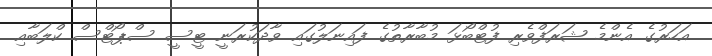
އަހަރުގެ އެންމެ ޝަރަފްވެރި ފުޓްބޯޅަ މުބާރާތުގެ ފައިނަލުގައި ވާދަކުރަނީ ޓީސީ ސްޕޯޓްސް ކްލަބާއި